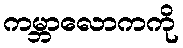
ကမ္ဘာလောကကို